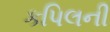
કપિલની